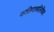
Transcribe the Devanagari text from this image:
कालिदासलिखित